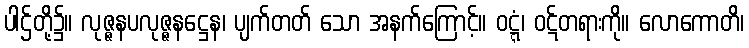
ပါဌ်တို့၌။ လုဇ္ဇနပလုဇ္ဇနဋ္ဌေန၊ ပျက်တတ် သော အနက်ကြောင့်။ ဝဋ္ဋံ၊ ဝဋ်တရားကို။ လောကောတိ၊